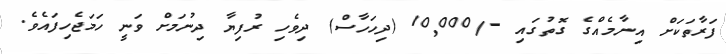
ފަރާތަކަށް އިނާމެއްގެ ގޮތުގައި -/10